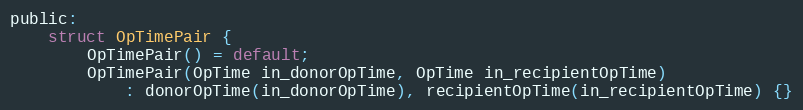
Language: C
public:
    struct OpTimePair {
        OpTimePair() = default;
        OpTimePair(OpTime in_donorOpTime, OpTime in_recipientOpTime)
            : donorOpTime(in_donorOpTime), recipientOpTime(in_recipientOpTime) {}